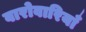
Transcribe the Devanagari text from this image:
बारोवारियाँ